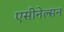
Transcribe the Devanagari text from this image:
एसीनेल्सन